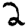
Digit: 2